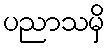
ပညာသမှိ